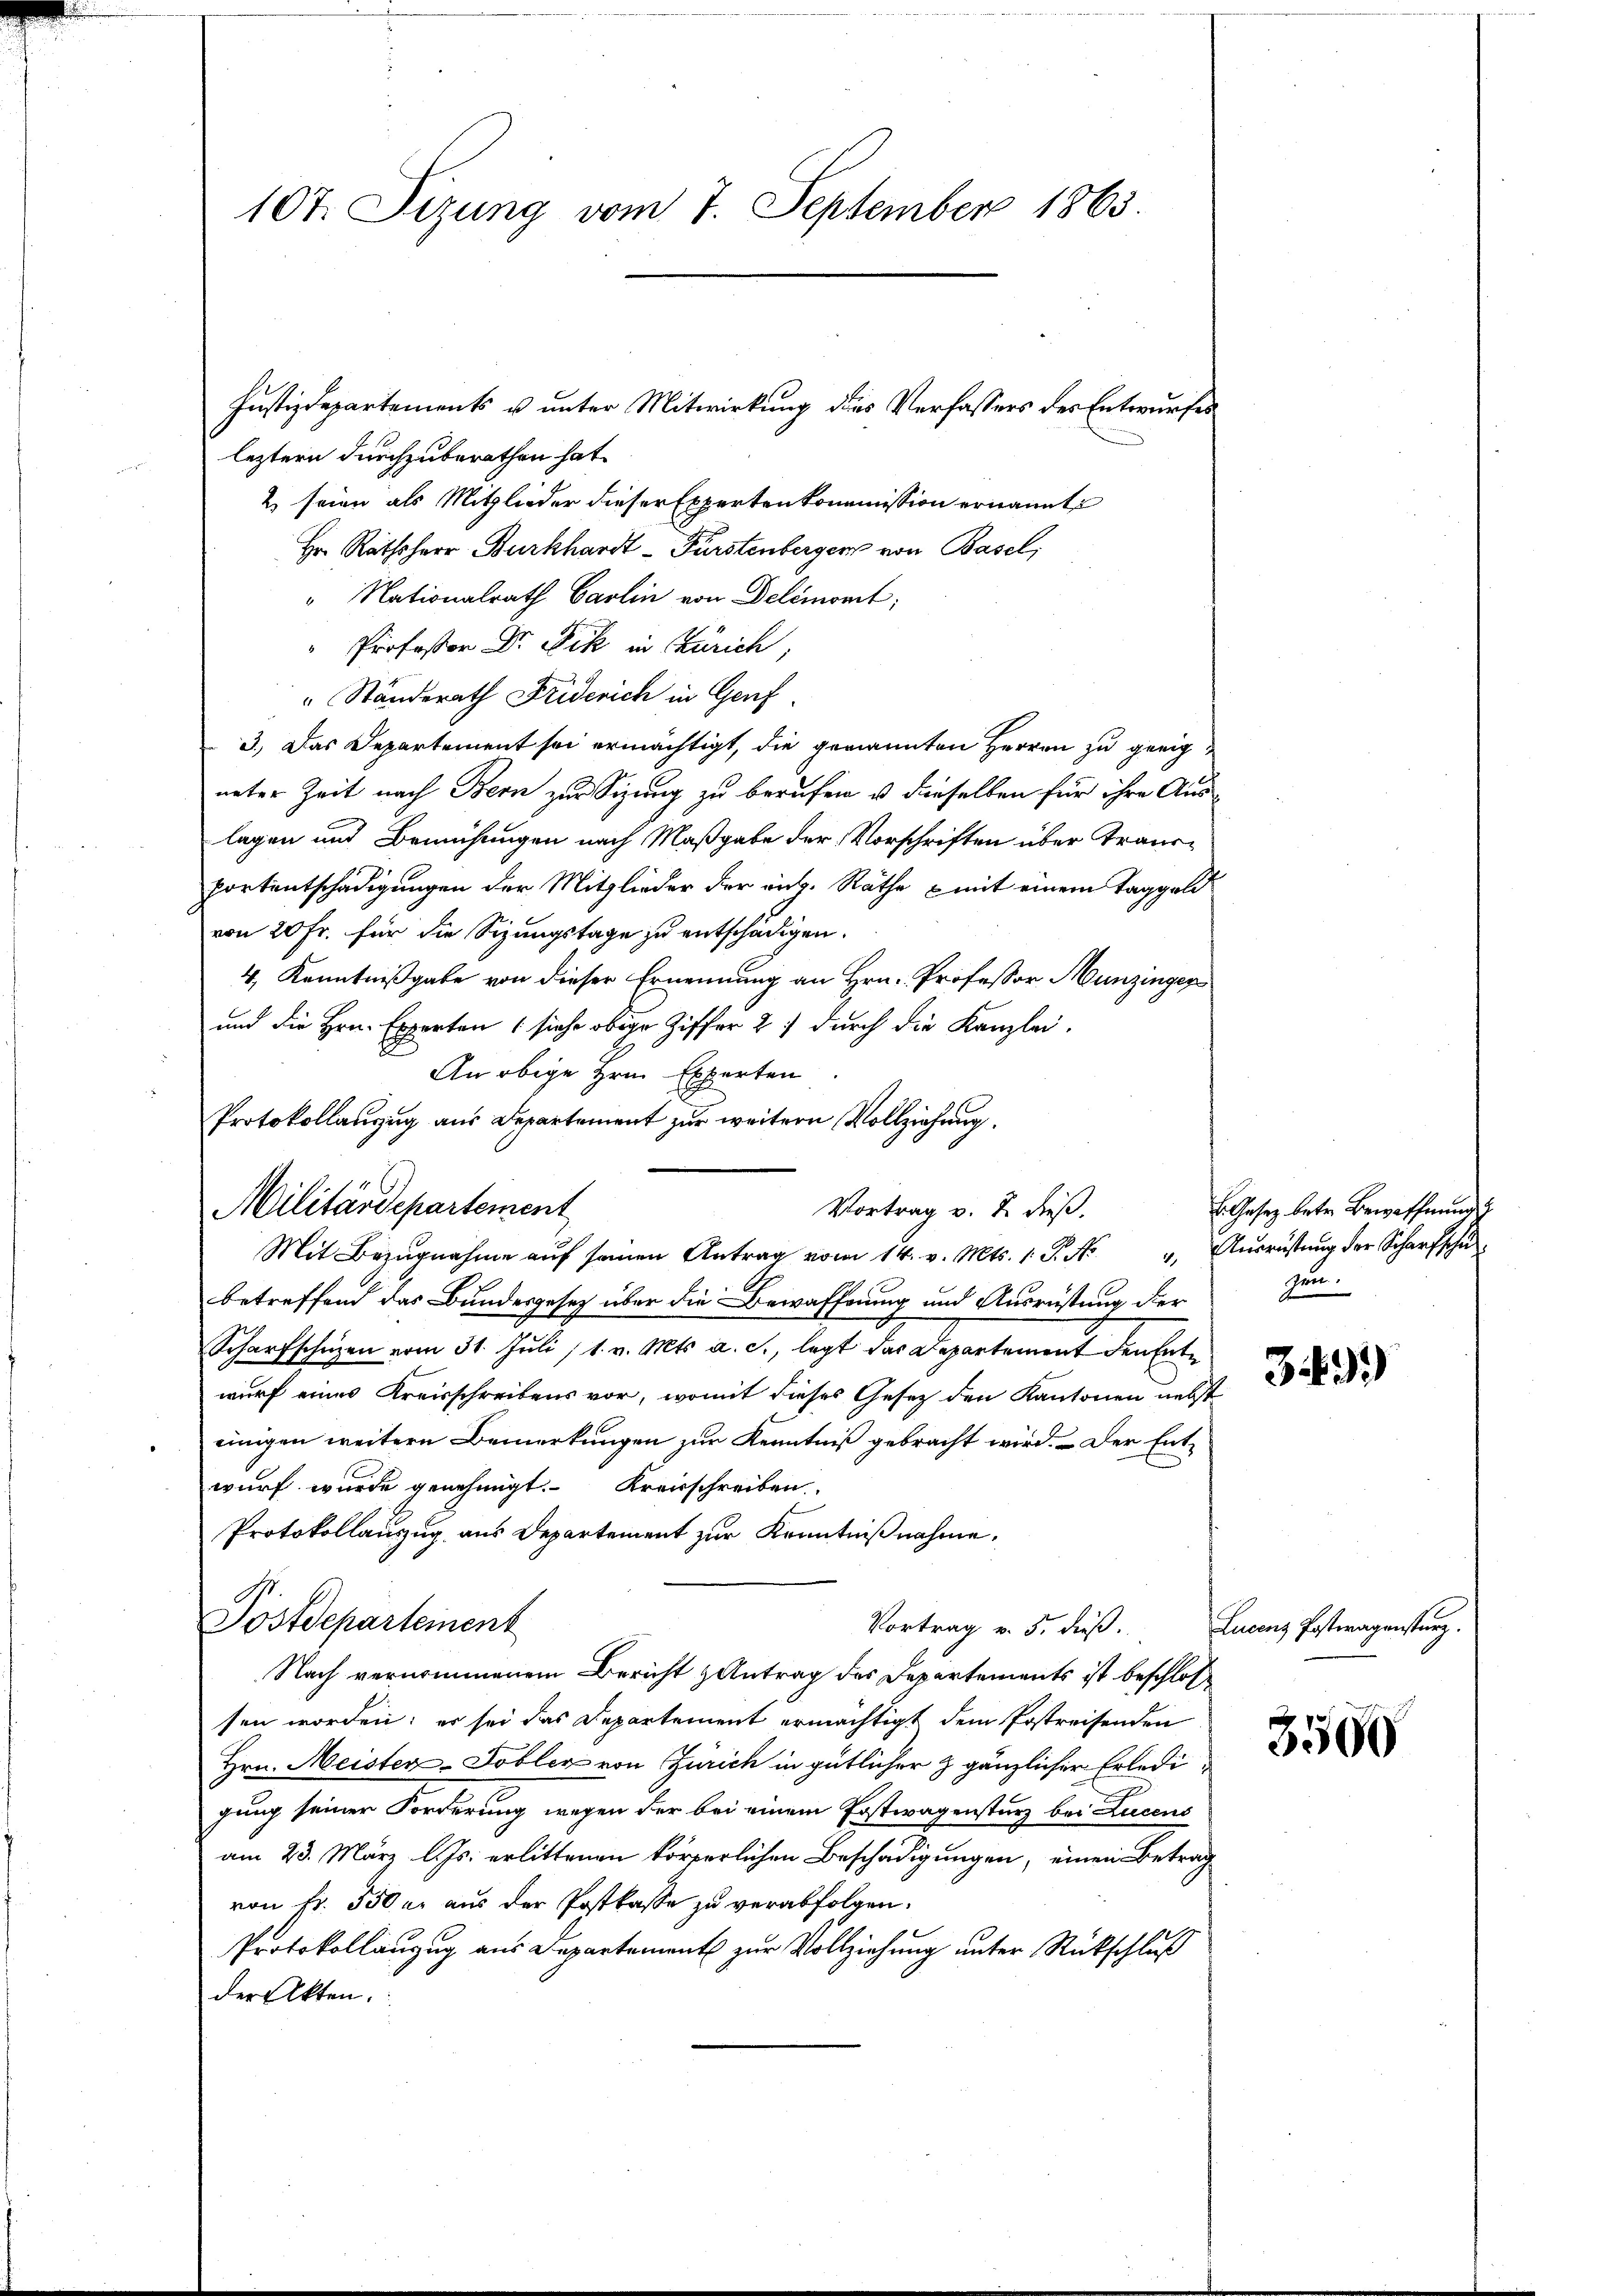
107. Sizung vom 7. September 1863.

leztern durchzuberathen hat.
2 seien als Mitglieder dieser Expertenkommission ernannte
Hr. Rathsherr Burkhardt-Fürstenberger von Basel,
" Nationalrath Carlin von Delémont;
" Professor Dr. Fick in Zürich,
" Standerath Friderich in Genf
3.) Das Departement sei ermächtigt, die genannten Herren zu geeigueter Zeit nach Bern zur Sizung zu berufen u dieselben für ihre Auslagen und Bemühungen nach Maßgabe der Vorschriften über Trans¬
Portentschädigungen der Mitglieder der rich. Räthe & mit einem Taggeld
von 20 Fr. für die Sizungstage zu entschädigen.
4, Kenntnißgabe von dieser Ernennung an Hrn. Professor Hunzinger
und die Hrn. Experten (siehe obige Ziffer 2) durch die Kanzlei.
An obige zum Experten
Protokollanzug aus Departement zur weitern Vollziehung.
Militärdepartement
Mit Bezŭgnahme aŭf seinen Antrag vom 14. v. Mts. 1 S. Nr. " Aŭsrŭstŭng der Scharfschu
betreffend das Bundesgesetz über die Bewaffnung und Ausrüstung der
Scharfschüzen vom 31. Juli 11. v. Mts. a. c., legt das Departement den Entwurf eines Kreisschreibens vor, womit dieses Gesetz den Kantonen nebst
einigen weitern Bemerkungen zur Kenntniß gebracht wird. – Der Entwurf wurde genehmigt. Kreisschreiben
Protokollauszug aus Departement zur Kenntnißnahme.
A
Postdeparteinent
Vortrag v. 5. dieß.
Nach vernommenem Bericht & Antrag des Departements ist beschlossen worden; er sei das Departement ermächtigt dem Erstreifenden
Hrn. Meister-Tobler von Zürich in gütlicher z gänzlicher Erledigung seiner Forderung wegen der bei einem Postwagensturz bei Lucens
am 23. März l. Js. erlittenen körperlichen Beschädigungen, einen Betrag
von fr. 350 er aus der Postkasse zu verabfolgen.
Protokollanzug aus Departement zur Vollziehung unter Rückschluß
der Akten.

Justizdepartements u unter Mitwirkung des Verfassers des Entwurfes

Vortrag v. J. dieß,

E. Gesetz betr. Bewaffnung
zum.

349)

Lucenz Postwagensturz.

3500